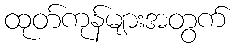
ထုတ်ကုန်များအတွက်